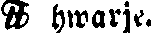
# hwarje.